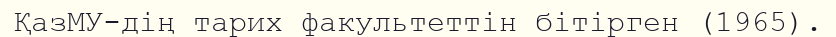
ҚазМУ-дің тарих факультеттін бітірген (1965).